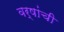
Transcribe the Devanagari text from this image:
वर्षांंची